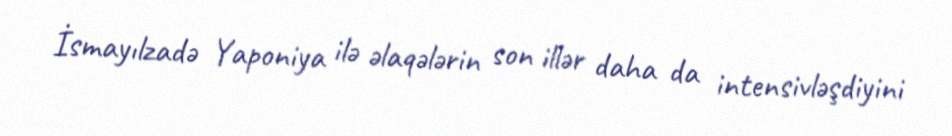
İsmayılzadə Yaponiya ilə əlaqələrin son illər daha da intensivləşdiyini